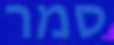
סמר